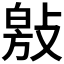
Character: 𭤁